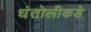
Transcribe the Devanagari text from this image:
धंतोलीकडे